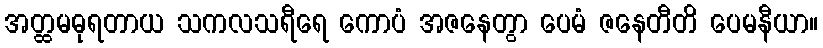
အတ္ထမဓုရတာယ သကလသရီရေ ကောပံ အဇနေတွာ ပေမံ ဇနေတီတိ ပေမနီယာ။